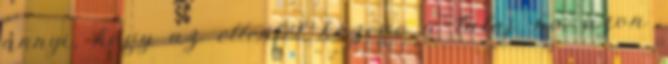
annyi, hogy az ellenfél közege a talaj. ha azon